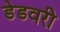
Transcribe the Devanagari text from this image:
डेडवरी